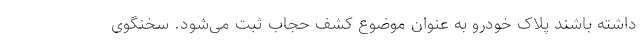
داشته باشند پلاک خودرو به عنوان موضوع کشف حجاب ثبت می‌شود. سخنگوی